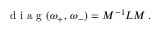
\mathrm { ~ d ~ i ~ a ~ g ~ } ( \omega _ { + } , \, \omega _ { - } ) = M ^ { - 1 } L M \, .